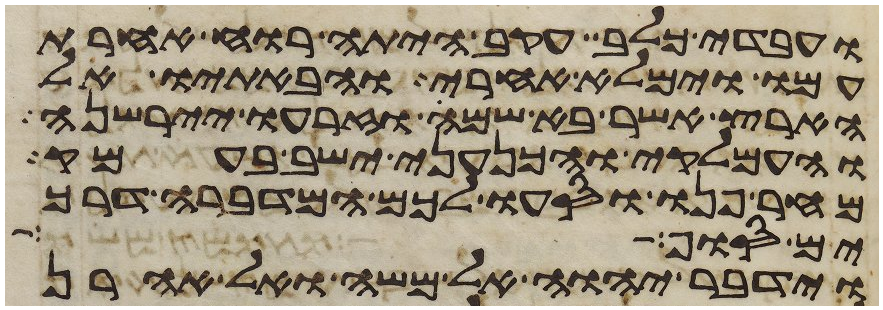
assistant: ועבדי כלב עקב היתה רוח אחרת
עמו וימלא אחרי והבאתיו אל
הארץ אשר בא שמה וזרעו יירשנה
והעמלקי והכנעני ישב בעמק
מחר פנו וסעו לכם המדברה דרך
ים סוף כאשר
וידבר יהוה אל משה ואל אהרן